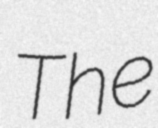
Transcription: The